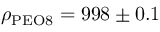
\rho _ { \mathrm { P E O 8 } } = 9 9 8 \pm 0 . 1